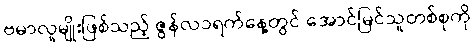
ဗမာလူမျိုးဖြစ်သည့် ဇွန်လ၁ရက်နေ့တွင် အောင်မြင်သူတစ်စုကို